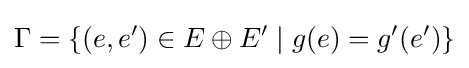
\Gamma =\left\{(e,e')\in E\oplus E'\;|\;g(e)=g'(e')\right\}